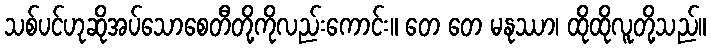
သစ်ပင်ဟုဆိုအပ်သောစေတီတို့ကိုလည်းကောင်း။ တေ တေ မနုဿာ၊ ထိုထိုလူတို့သည်။